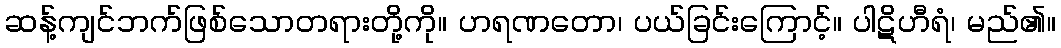
ဆန့်ကျင်ဘက်ဖြစ်သောတရားတို့ကို။ ဟရဏတော၊ ပယ်ခြင်းကြောင့်။ ပါဋိဟီရံ၊ မည်၏။